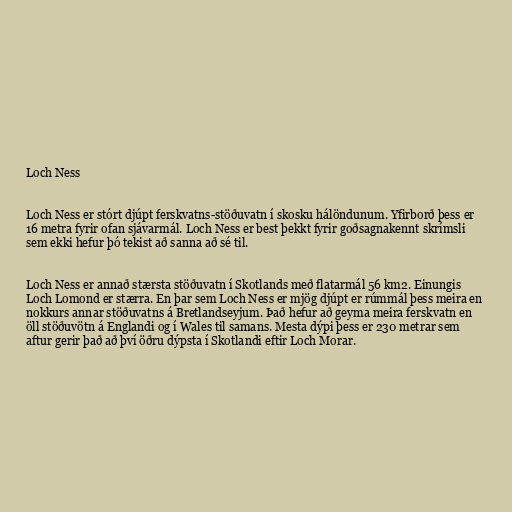
Loch Ness

Loch Ness er stórt djúpt ferskvatns-stöðuvatn í skosku hálöndunum. Yfirborð þess er
16 metra fyrir ofan sjávarmál. Loch Ness er best þekkt fyrir goðsagnakennt skrímsli
sem ekki hefur þó tekist að sanna að sé til.

Loch Ness er annað stærsta stöðuvatn í Skotlands með flatarmál 56 km2. Einungis
Loch Lomond er stærra. En þar sem Loch Ness er mjög djúpt er rúmmál þess meira en
nokkurs annar stöðuvatns á Bretlandseyjum. Það hefur að geyma meira ferskvatn en
öll stöðuvötn á Englandi og í Wales til samans. Mesta dýpi þess er 230 metrar sem
aftur gerir það að því öðru dýpsta í Skotlandi eftir Loch Morar.